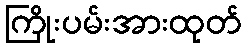
ကြိုးပမ်းအားထုတ်